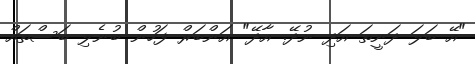
"އޭ ބަލަ ދަނީތަ އަދި ނުދޭ. އާދޭ" އަންބަރް ފަހުން ބުނެލި ބަސްތައް